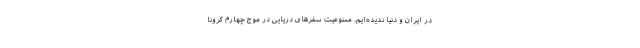
در ایران و دنیا ندیده‌ایم. ممنوعیت سفرهای دریایی در موج چهارم کرونا